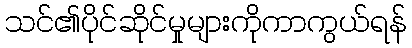
သင်၏ပိုင်ဆိုင်မှုများကိုကာကွယ်ရန်